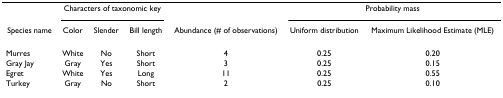
<table><thead><tr><td></td><td colspan="3"><b>Characters of taxonomic key</b></td><td></td><td colspan="2"><b>Probability mass</b></td></tr><tr><td><b>Species name</b></td><td><b>Color</b></td><td><b>Slender</b></td><td><b>Bill length</b></td><td><b>Abundance (# of observations)</b></td><td><b>Uniform distribution</b></td><td><b>Maximum Likelihood Estimate (MLE)</b></td></tr></thead><tbody><tr><td>Murres</td><td>White</td><td>No</td><td>Short</td><td>4</td><td>0.25</td><td>0.20</td></tr><tr><td>Gray Jay</td><td>Gray</td><td>Yes</td><td>Short</td><td>3</td><td>0.25</td><td>0.15</td></tr><tr><td>Egret</td><td>White</td><td>Yes</td><td>Long</td><td>11</td><td>0.25</td><td>0.55</td></tr><tr><td>Turkey</td><td>Gray</td><td>No</td><td>Short</td><td>2</td><td>0.25</td><td>0.10</td></tr></tbody></table>